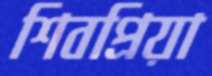
শিবপ্রিয়া